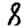
Digit: 8